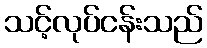
သင့်လုပ်ငန်းသည်